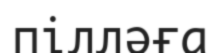
пілләға